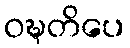
ဝဍ္ဎတိပေ